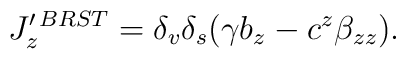
J_z^{\prime\, BRST}=\delta_v\delta_s(\gamma b_{z}-c^z\beta_{zz}).